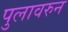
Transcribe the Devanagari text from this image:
पुलावरुन